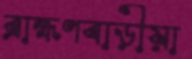
ব্রাহ্মণবাড়ীয়া